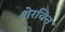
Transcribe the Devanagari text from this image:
शेरविन